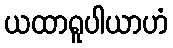
ယထာရူပါယာဟံ